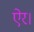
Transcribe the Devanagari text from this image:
ऐर।